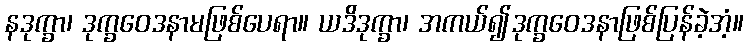
နဒုက္ခာ၊ ဒုက္ခဝေဒနာမဖြစ်ပေရာ။ ယဒိဒုက္ခာ၊ အကယ်၍ဒုက္ခဝေဒနာဖြစ်ပြန်ခဲ့အံ့။